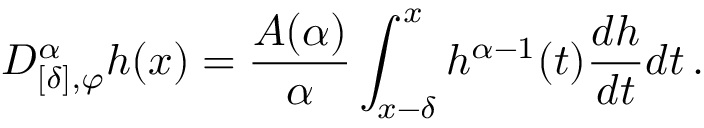
D _ { [ \delta ] , \varphi } ^ { \alpha } h ( x ) = \frac { A ( \alpha ) } { \alpha } \int _ { x - \delta } ^ { x } h ^ { \alpha - 1 } ( t ) \frac { d h } { d t } d t \, .